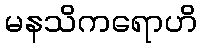
မနသိကရောဟိ